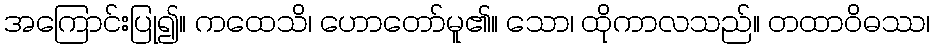
အကြောင်းပြု၍။ ကထေသိ၊ ဟောတော်မူ၏။ သော၊ ထိုကာလသည်။ တထာဝိဓဿ၊